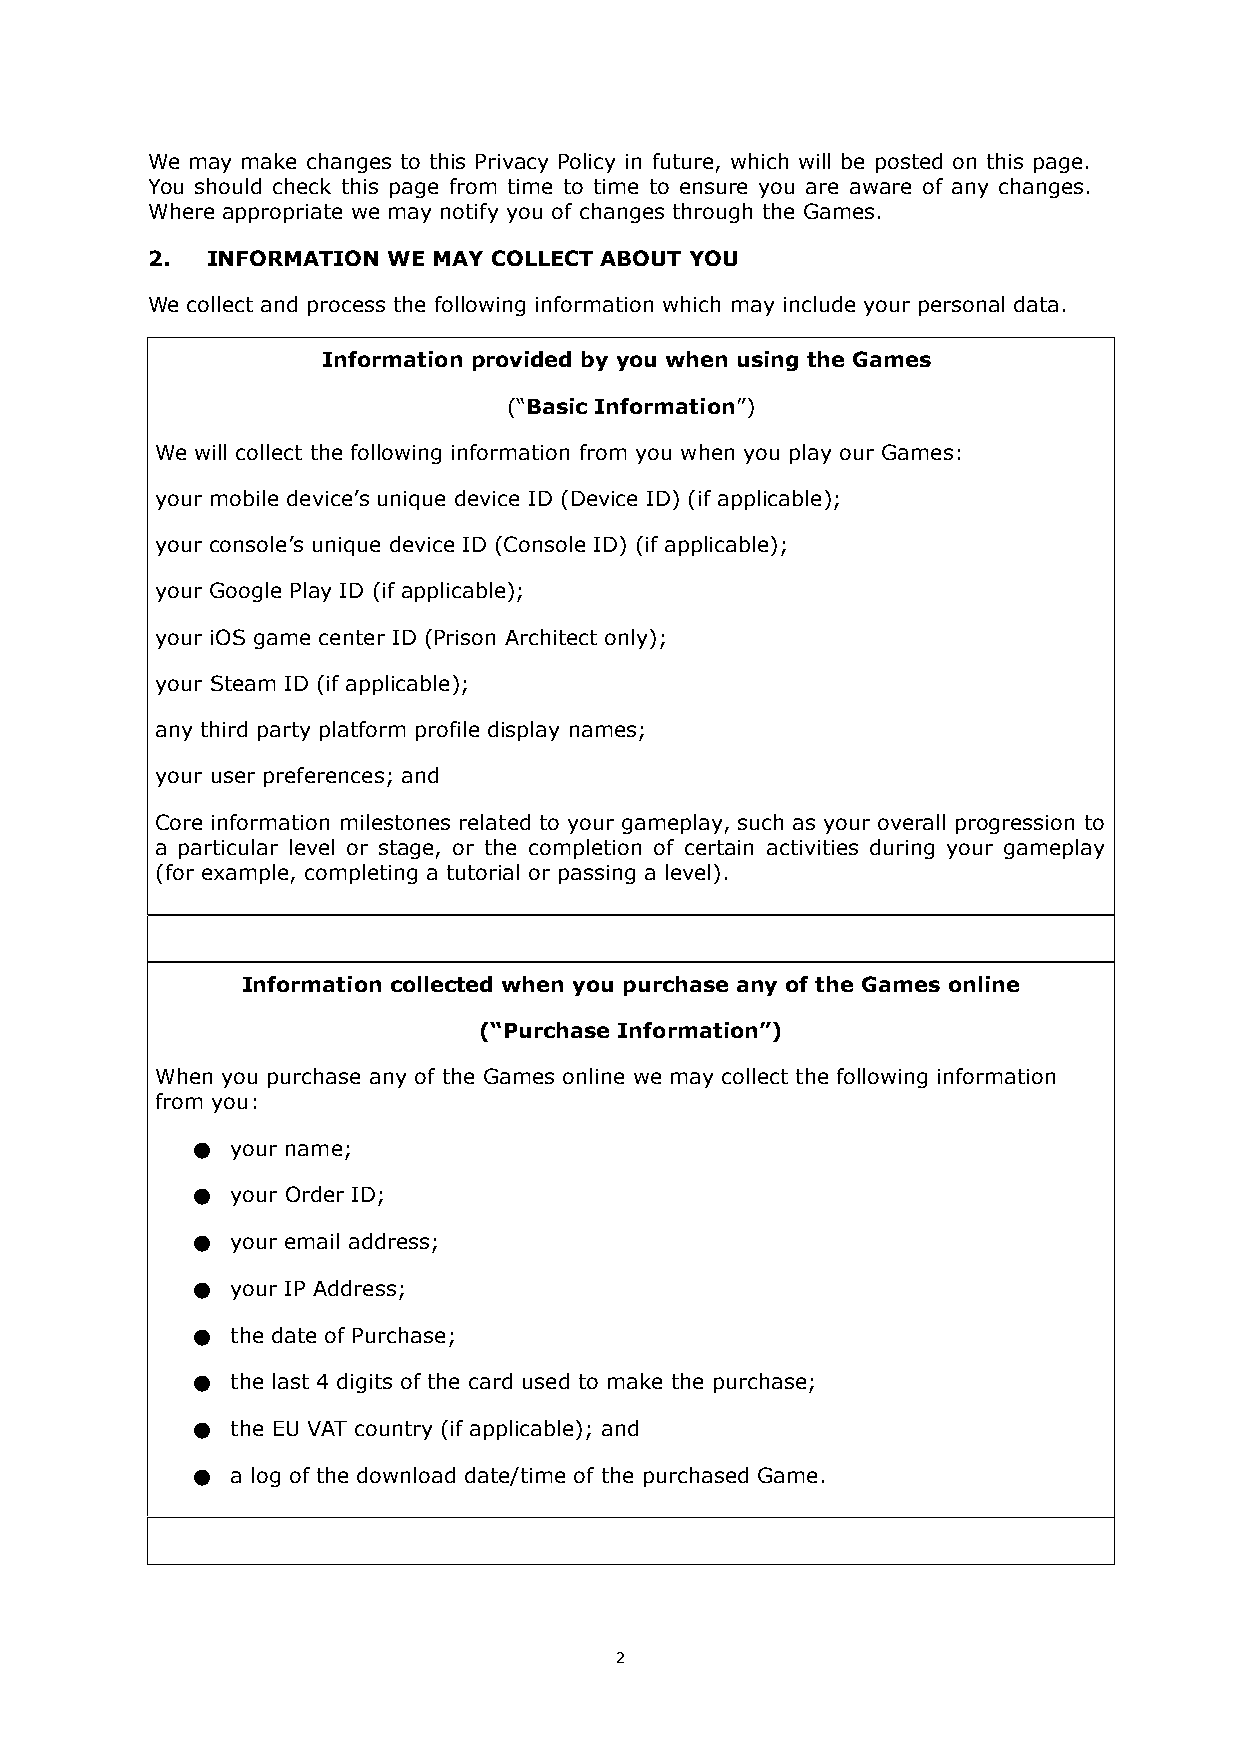
We may make changes to this Privacy Policy in future, which will be posted on this page.
 You should check this page from time to time to ensure you are aware of any changes.
 Where appropriate we may notify you of changes through the Games.
 2.  INFORMATION WE MAY COLLECT ABOUT YOU
 We collect and process the following information which may include your personal data.
 Information provided by you when using the Games
 (“Basic Information”)
 We will collect the following information from you when you play our Games:
 your mobile device’s unique device ID (Device ID) (if applicable);
 your console’s unique device ID (Console ID) (if applicable);
 your Google Play ID (if applicable);
 your iOS game center ID (Prison Architect only);
 your Steam ID (if applicable);
 any third party platform profile display names;
 your user preferences; and
 Core information milestones related to your gameplay, such as your overall progression to
 a particular level or stage, or the completion of certain activities during your gameplay
 (for example, completing a tutorial or passing a level).
 Information collected when you purchase any of the Games online
 (“Purchase Information”)
 When you purchase any of the Games online we may collect the following information
 from you:
 ● your name;
 ● your Order ID;
 ● your email address;
 ● your IP Address;
 ● the date of Purchase;
 ● the last 4 digits of the card used to make the purchase;
 ● the EU VAT country (if applicable); and
 ● a log of the download date/time of the purchased Game.
 2